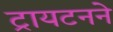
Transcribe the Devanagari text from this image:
ट्रायटनने